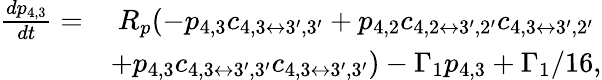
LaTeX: \begin{array}{rl}{\frac{dp_{\mathrm{4,3}}}{dt}=}&{~R_{p}(-p_{\mathrm{4,3}}c_{4,3\leftrightarrow 3^{\prime},3^{\prime}}+p_{\mathrm{4,2}}c_{4,2\leftrightarrow 3^{\prime},2^{\prime}}c_{4,3\leftrightarrow 3^{\prime},2^{\prime}}}\\ &{+p_{\mathrm{4,3}}c_{4,3\leftrightarrow 3^{\prime},3^{\prime}}c_{4,3\leftrightarrow 3^{\prime},3^{\prime}})-\Gamma_{1}p_{4,3}+\Gamma_{1}/16,}\end{array}